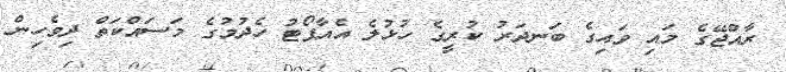
ރާއްޖޭގެ މައި ވައިގެ ބަނދަރު ކުރީގެ ހުޅުލެ އެއާޕޯޓު ހެދުމުގެ މަސައްކަތް ދިވެހިން